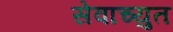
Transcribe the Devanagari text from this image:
सेवाच्युत